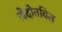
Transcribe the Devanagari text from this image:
ज़ेदोतविल